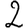
Digit: 2